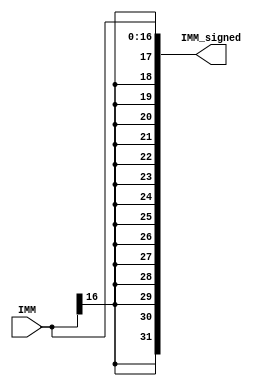
module seventeen_SX(IMM, IMM_signed);
	// sign-extension unit: 17 to 32
	input [16:0] IMM;
	output [31:0] IMM_signed;
	
	// perform sign-padding
	wire imm_sign;
	assign imm_sign = IMM[16];
	
	wire [14:0] IMM_sign_fifteen = {15{imm_sign}};
	assign IMM_signed = {IMM_sign_fifteen, IMM};
	
endmodule